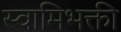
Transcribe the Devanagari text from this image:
स्वामिभक्ती